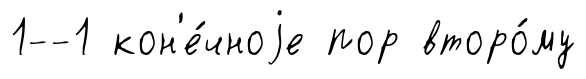
1--1 кон'е́чноjе пор второ́му